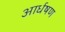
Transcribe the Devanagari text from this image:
आर्धषण